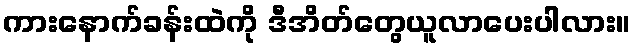
ကားနောက်ခန်းထဲကို ဒီအိတ်တွေယူလာပေးပါလား။